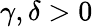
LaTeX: \gamma,\delta>0